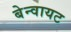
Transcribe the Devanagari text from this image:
बेन्वायट